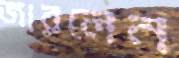
জারলেন